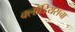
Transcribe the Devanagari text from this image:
क्लॉडियसचा